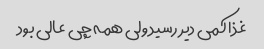
غذا کمی دیر رسید ولی همه چی عالی بود